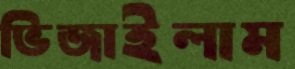
ভিজাইলাম